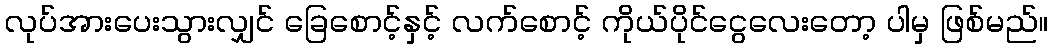
လုပ်အားပေးသွားလျှင် ခြေစောင့်နှင့် လက်စောင့် ကိုယ်ပိုင်ငွေလေးတော့ ပါမှ ဖြစ်မည်။